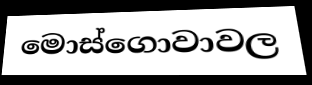
මොස්ගොවාවල